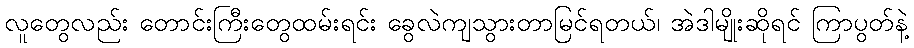
လူတွေလည်း တောင်းကြီးတွေထမ်းရင်း ခွေလဲကျသွားတာမြင်ရတယ်၊ အဲဒါမျိုးဆိုရင် ကြာပွတ်နဲ့